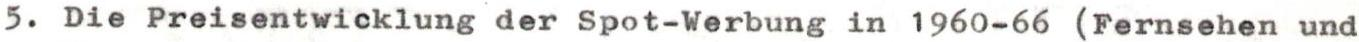
5. Die Preisentwicklung der Spot-Werbung in 1960-66 (Fernsehen und